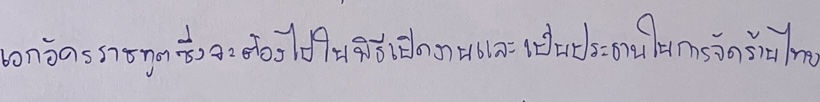
เอกอัครราชทูตซึ่งจะต้องไปในพิธีเปิดงานและเป็นประธานในการจัดร้านไทย